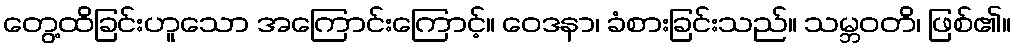
တွေ့ထိခြင်းဟူသော အကြောင်းကြောင့်။ ဝေဒနာ၊ ခံစားခြင်းသည်။ သမ္ဘဝတိ၊ ဖြစ်၏။